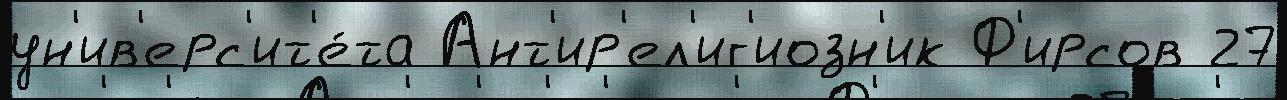
ун'ив'ерс'ит'е́та Ант'ир'ел'иг'иозн'ик Ф'ирсов 27